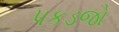
પકડજો